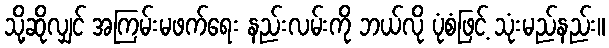
သို့ဆိုလျှင် အကြမ်းမဖက်ရေး နည်းလမ်းကို ဘယ်လို ပုံစံဖြင့် သုံးမည်နည်း။